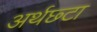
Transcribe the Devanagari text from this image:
अर्थछ्टा